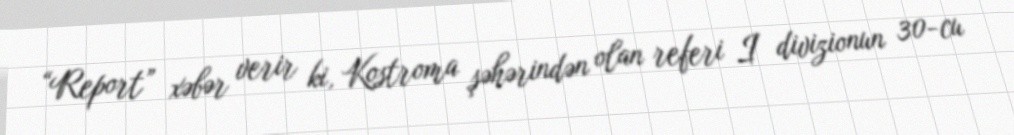
“Report” xəbər verir ki, Kostroma şəhərindən olan referi I divizionun 30-cu